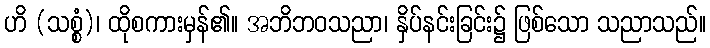
ဟိ (သစ္စံ)၊ ထိုစကားမှန်၏။ အဘိဘဝသညာ၊ နှိပ်နင်းခြင်း၌ ဖြစ်သော သညာသည်။